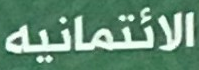
الائتمانيه